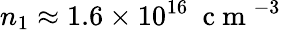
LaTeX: n_{1}\approx 1.6\times 10^{16}~\mathrm{~c~m~}^{-3}